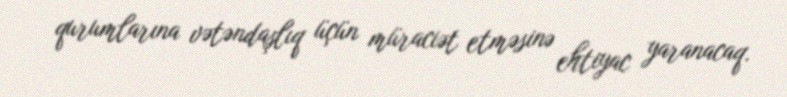
qurumlarına vətəndaşlıq üçün müraciət etməsinə ehtiyac yaranacaq.